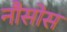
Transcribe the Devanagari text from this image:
नौसोस